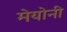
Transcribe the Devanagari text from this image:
मेयोनी